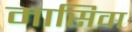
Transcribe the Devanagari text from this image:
मासिवा